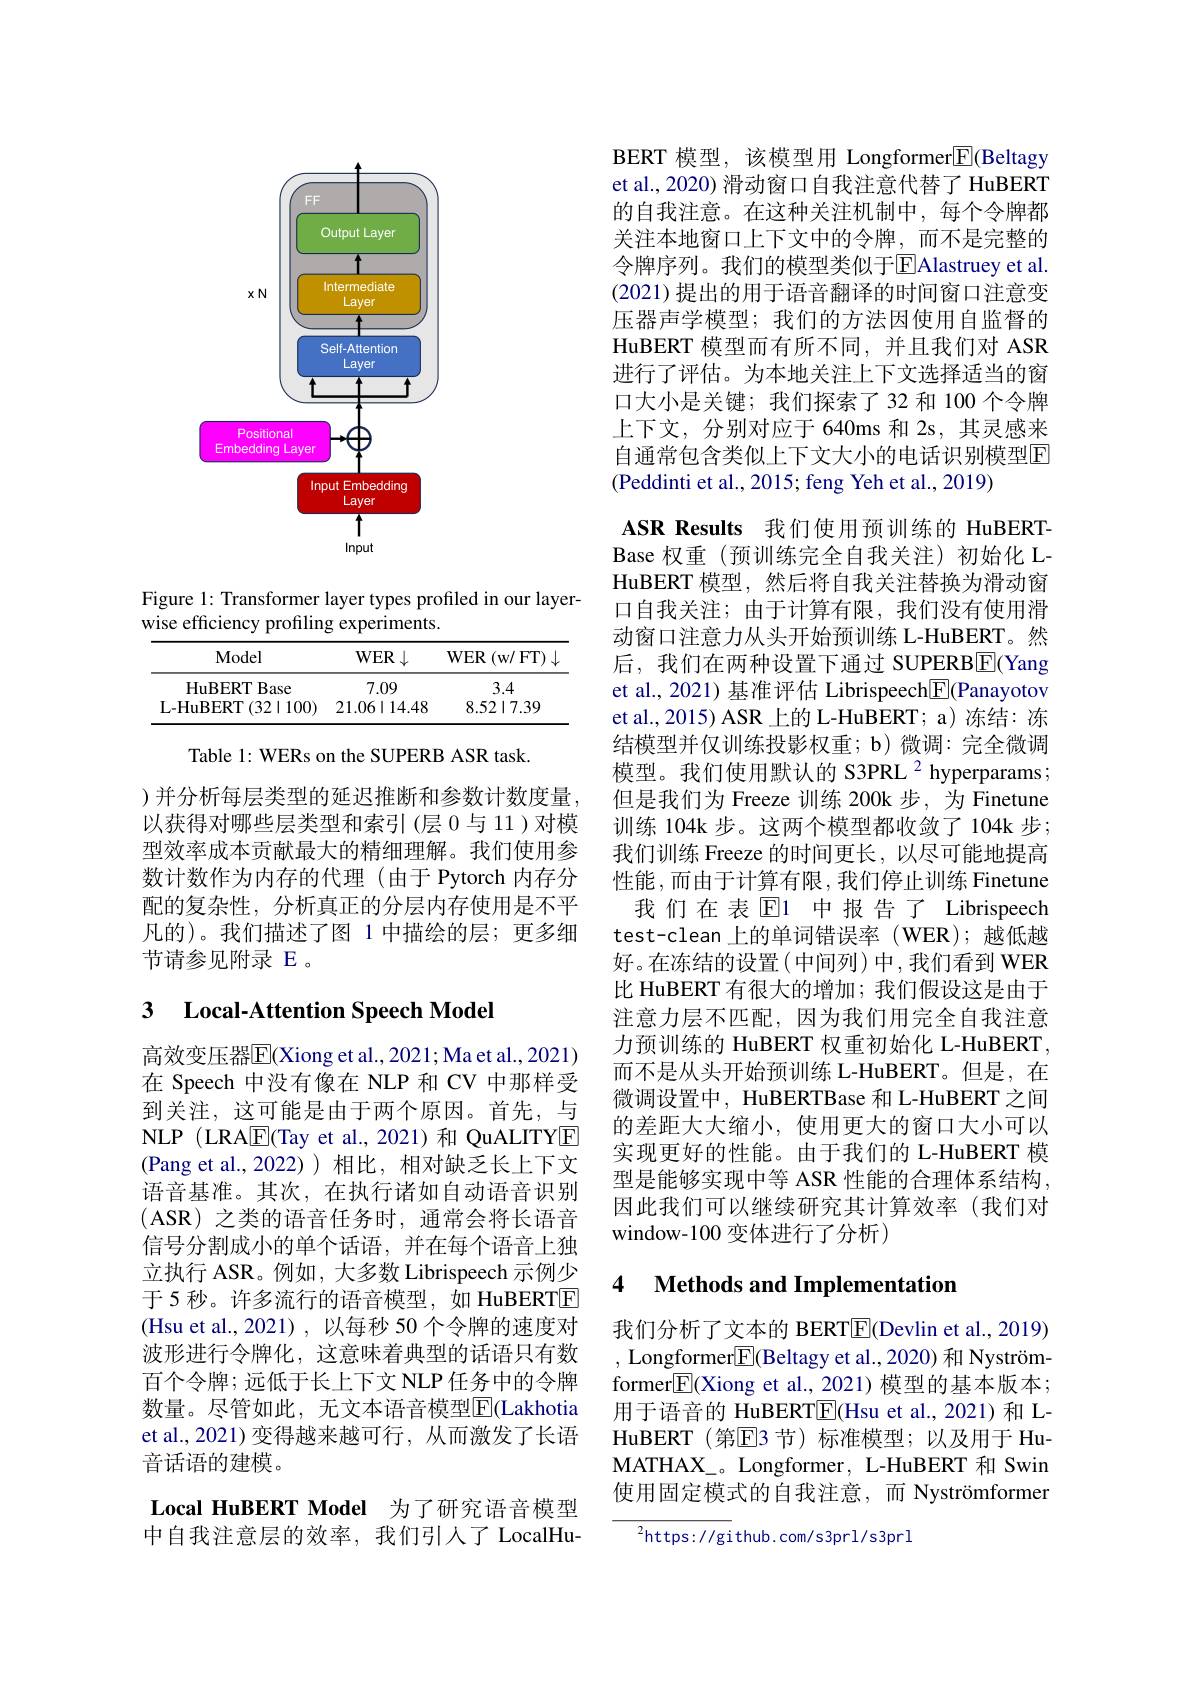
<FigureHere>

Figure 1: Transformer layer types profiled in our layer-
wise efficiency profiling experiments.

<table>
	<tbody>
		<tr>
			<th>Model</th>
			<th>$\mathbf{WER}\downarrow$</th>
			<th>$WER$ (w/ FT$)\downarrow$ 11</th>
		</tr>
		<tr>
			<td>HuBERTBase</td>
			<td>7.09</td>
			<td>3.4</td>
		</tr>
		<tr>
			<td>L- HuBERT ( 32$\mid$100) </td>
			<td>$21.06\mid14.48$</td>
			<td>$8.52\mid7.39$</td>
		</tr>
	</tbody>
</table>

Table 1: WERs on the SUPERB ASR task.

) 并分析每层类型的延迟推断和参数计数度量， 以获得对哪些层类型和索引(层 0 与 11 )对模型效率成本贡献最大的精细理解。我们使用参数计数作为内存的代理(由于 Pytorch 内存分配的复杂性，分析真正的分层内存使用是不平凡的)。我们描述了图 1 中描绘的层；更多细节请参见附录 E 。

## 3 Local-Attention Speech Model

高效变压器$\overline{\mathrm{E}}($Xiong et al., 2021; Ma et al., 2021) 在 Speech 中没有像在 NLP 和 CV 中那样受到关注，这可能是由于两个原因。首先，与NLP (LRA$\overline{\mathrm{E}}$(Tay et al.,2021)和 QuALITYE (Pang et al.,2022))相比，相对缺乏长上下文语音基准。其次，在执行诸如自动语音识别(ASR)之类的语音任务时，通常会将长语音信号分割成小的单个话语，并在每个语音上独立执行 ASR。例如，大多数 Librispeech 示例少于 5 秒。许多流行的语音模型，如 HuBERTE (Hsu et al., 2021), 以每秒 50 个令牌的速度对波形进行令牌化，这意味着典型的话语只有数百个令牌；远低于长上下文 NLP 任务中的令牌数量。尽管如此，无文本语音模型$\overline{\mathrm{E}}($Lakhotia et al., 2021) 变得越来越可行，从而激发了长语音话语的建模。
Local HuBERT Model 为了研究语音模型

中自我注意层的效率，我们引人了LocalHu-

BERT 模型，该模型用 Longformer$\boxed{\mathrm{F}}$(Beltagy et al., 2020) 滑动窗口自我注意代替了 HuBERT 的自我注意。在这种关注机制中，每个令牌都关注本地窗口上下文中的令牌，而不是完整的令牌序列。我们的模型类似于$\overline{\mathrm{E}}$Alastruey et al. (2021)提出的用于语音翻译的时间窗口注意变压器声学模型；我们的方法因使用自监督的HuBERT 模型而有所不同，并且我们对 ASR 进行了评估。为本地关注上下文选择适当的窗口大小是关键；我们探索了32 和 100 个令牌上下文，分别对应于 640ms 和 2s, 其灵感来自通常包含类似上下文大小的电话识别模型E (Peddinti et al., 2015; feng Yeh et al., 2019)
ASR Results 我们使用预训练的 HuBERTBase 权重 (预训练完全自我关注)初始化 LHuBERT 模型，然后将自我关注替换为滑动窗口自我关注；由于计算有限，我们没有使用滑动窗口注意力从头开始预训练 L-HuBERT。然后，我们在两种设置下通过 SUPERB$\boxed{\mathrm{F}}($Yang et al., 2021) 基准评估 Librispeech$\boxed{\mathrm{F}}($Panayotov et al.,2015) ASR 上的 L-HuBERT; a) 冻结：冻结模型并仅训练投影权重；b)微调：完全微调模型。我们使用默认的 S3PRL 2 hyperparams ; 但是我们为 Freeze 训练 200k 步，为 Finetune 训练 104k 步。这两个模型都收敛了 104k 步； 我们训练 Freeze 的时间更长，以尽可能地提高性能 ,而由于计算有限 ,我们停止训练 Finetune 我们在表$\operatorname{El}$ 中报告了 Librispeech test-clean 上的单词错误率 (WER);越低越好。在冻结的设置(中间列)中，我们看到 WER 比 HuBERT 有很大的增加；我们假设这是由于注意力层不匹配，因为我们用完全自我注意力预训练的 HuBERT 权重初始化 L-HuBERT, 而不是从头开始预训练 L-HuBERT。但是，在微调设置中，HuBERTBase 和 L-HuBERT 之间的差距大大缩小，使用更大的窗口大小可以实现更好的性能。由于我们的 L-HuBERT 模型是能够实现中等 ASR 性能的合理体系结构， 因此我们可以继续研究其计算效率(我们对window-100 变体进行了分析)

### 4 $\textbf{Methods and Implementatior}$

我们分析了文本的 BERT$\overline{\mathrm{E}}($Devlin et al., 2019) , Longformer[E](Beltagy et al.,2020) 和 Nyströmformer$\boxed{\mathrm{E}}($Xiong et al., 2021) 模型的基本版本； 用于语音的 HuBERT$\underline{\mathrm{E}}($Hsu et al.,2021)和 LHuBERT (第$\mathbb{E}$3 节)标准模型；以及用于 HuMATHAX\_。Longformer, L-HuBERT 和 Swin 使用固定模式的自我注意，而 Nyströmformer

${^{2}\mathrm{https://gi}}$thub.com/s3prl/s3prl